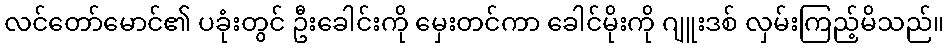
လင်တော်မောင်၏ ပခုံးတွင် ဦးခေါင်းကို မှေးတင်ကာ ခေါင်မိုးကို ဂျူးဒစ် လှမ်းကြည့်မိသည်။